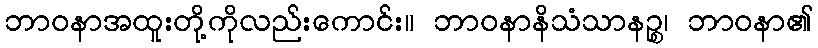
ဘာဝနာအထူးတို့ကိုလည်းကောင်း။ ဘာဝနာနိသံသာနဉ္စ၊ ဘာဝနာ၏